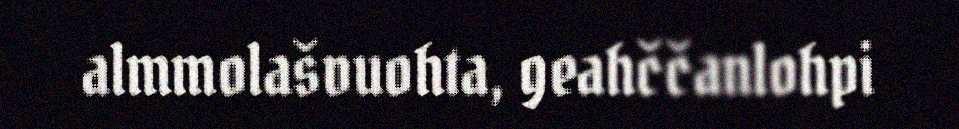
almmolašvuohta, geahččanlohpi